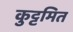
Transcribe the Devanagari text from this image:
कुट्टमित